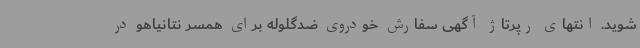
شوید. انتهای رپرتاژ آگهی سفارش خودروی ضدگلوله برای همسر نتانیاهو در